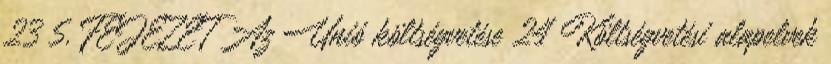
23 5. FEJEZET Az Unió költségvetése 24 Költségvetési alapelvek